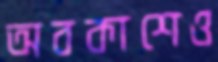
অবকাশেও